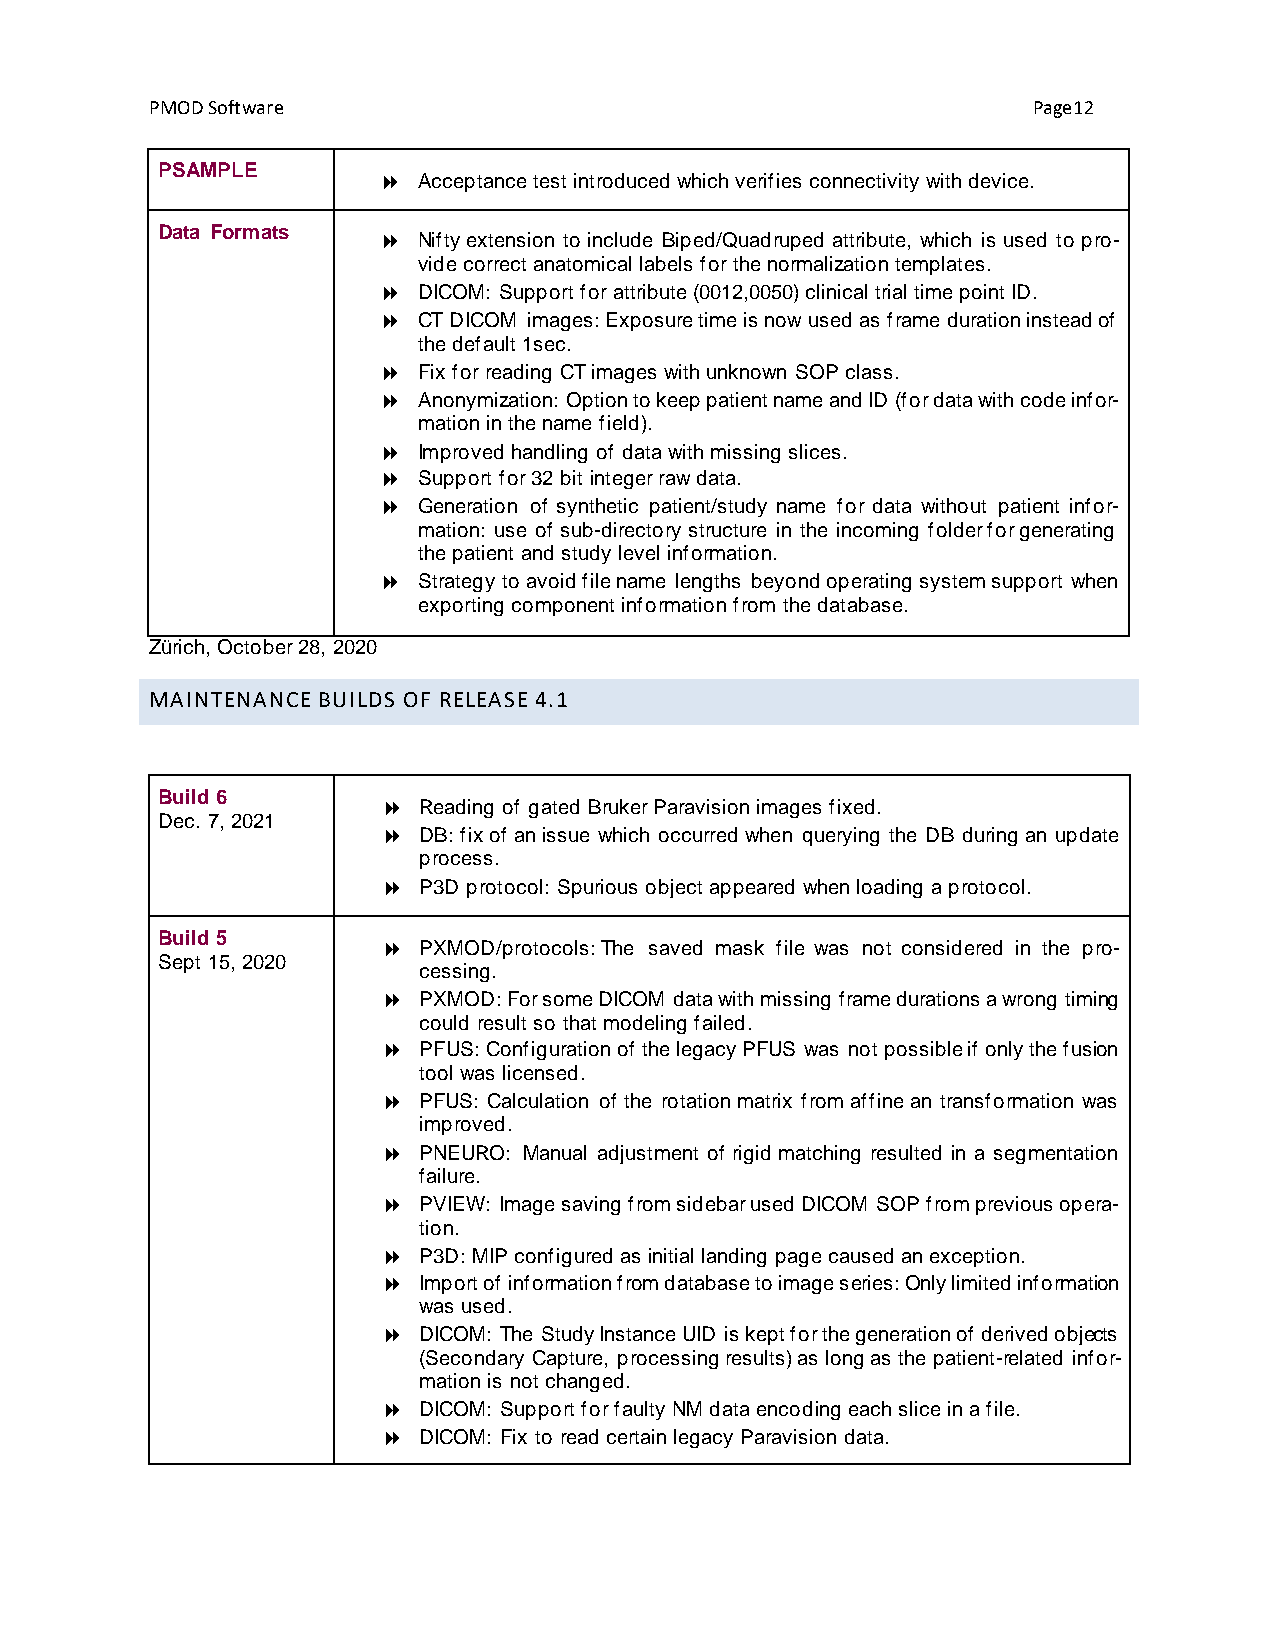
PMOD Software                                             Page12
 PSAMPLE
   Acceptance test introduced which verifies connectivity with device.
 Data Formats
   Nifty extension to include Biped/Quadruped attribute, which is used to pro-
 vide correct anatomical labels for the normalization templates.
   DICOM: Support for attribute (0012,0050) clinical trial time point ID.
   CT DICOM images: Exposure time is now used as frame duration instead of
 the default 1sec.
   Fix for reading CT images with unknown SOP class.
   Anonymization: Option to keep patient name and ID (for data with code infor-
 mation in the name field).
   Improved handling of data with missing slices.
   Support for 32 bit integer raw data.
   Generation of synthetic patient/study name for data without patient infor-
 mation: use of sub-directory structure in the incoming folder for generating
 the patient and study level information.
   Strategy to avoid file name lengths beyond operating system support when
 exporting component information from the database.
 Zürich, October 28, 2020
 MAINTENANCE BUILDS OF RELEASE 4.1
 Build 6
   Reading of gated Bruker Paravision images fixed.
 Dec. 7, 2021
   DB: fix of an issue which occurred when querying the DB during an update
 process.
   P3D protocol: Spurious object appeared when loading a protocol.
 Build 5
   PXMOD/protocols: The saved mask file was not considered in the pro-
 Sept 15, 2020
 cessing.
   PXMOD: For some DICOM data with missing frame durations a wrong timing
 could result so that modeling failed.
   PFUS: Configuration of the legacy PFUS was not possible if only the fusion
 tool was licensed.
   PFUS: Calculation of the rotation matrix from affine an transformation was
 improved.
   PNEURO: Manual adjustment of rigid matching resulted in a segmentation
 failure.
   PVIEW: Image saving from sidebar used DICOM SOP from previous opera-
 tion.
   P3D: MIP configured as initial landing page caused an exception.
   Import of information from database to image series: Only limited information
 was used.
   DICOM: The Study Instance UID is kept for the generation of derived objects
 (Secondary Capture, processing results) as long as the patient-related infor-
 mation is not changed.
   DICOM: Support for faulty NM data encoding each slice in a file.
   DICOM: Fix to read certain legacy Paravision data.